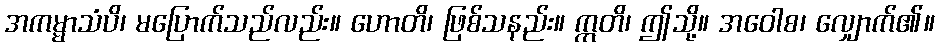
အကမ္မာသံပိ၊ မပြောက်သည်လည်း။ ဟောတိ၊ ဖြစ်သနည်း။ ဣတိ၊ ဤသို့။ အဝေါစ၊ လျှောက်၏။